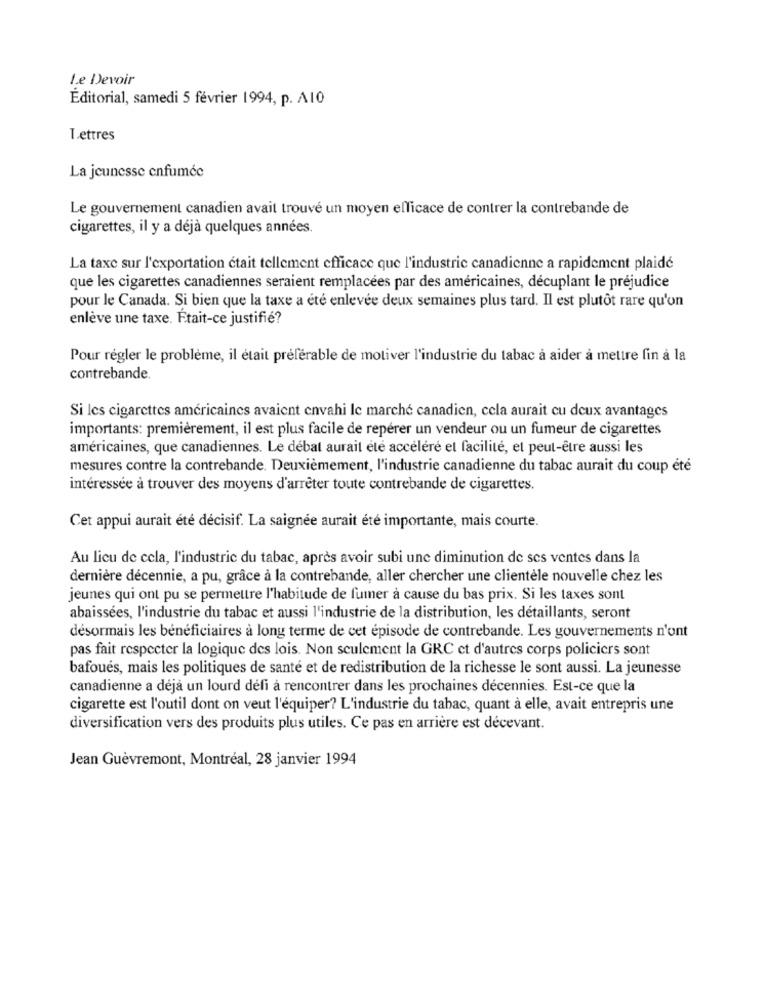
Le Devoir
Editorial, samedi 5 février 1994, p. A10
Lettres
La jeunesse enfumée
Le gouvernement canadien avait trouvé un moyen efficace de contrer la contrebande de
cigarettes, il y a déjà quelques années.
La taxe sur l'exportation était tellement efficace que l'industrie canadienne a rapidement plaidé
que les cigarettes canadiennes seraient remplacées par des américaines, décuplant le préjudice
pour le Canada. Si bien que la taxe a été enlevée deux semaines plus tard. Il est plutôt rare qu'on
enlève une taxe. Était-ce justifié?
Pour régler le problème, il était préférable de motiver l'industrie du tabac à aider à mettre fin à la
contrebande.
Si les cigarettes américaines avaient envahi le marché canadien, cela aurait cu deux avantages
importants: premièrement, il est plus facile de repérer un vendeur ou un fumeur de cigarettes
américaines, que canadiennes. Le débat aurait été accéléré et facilité, et peut-être aussi les
mesures contre la contrebande. Deuxièmement, l'industrie canadienne du tabac aurait du coup été
intéressée à trouver des moyens d'arrêter toute contrebande de cigarettes.
Cet appui aurait été décisif. La saignée aurait été importante, mais courte.
Au lieu de cela, l'industrie du tabac, après avoir subi une diminution de ses ventes dans la
dernière décennie, a pu, grâce à la contrebande, aller chercher une clientèle nouvelle chez les
jeunes qui ont pu se permettre l'habitude de fumer à cause du bas prix. Si les taxes sont
abaissées, l'industrie du tabac et aussi l'industrie de la distribution, les détaillants, seront
désormais les bénéficiaires à long terme de cet épisode de contrebande. Les gouvernements n'ont
pas fait respecter la logique des lois. Non seulement la GRC et d'autres corps policiers sont
bafoués, mais les politiques de santé et de redistribution de la richesse le sont aussi. La jeunesse
canadienne a déjà un lourd défi à rencontrer dans les prochaines décennies. Est-ce que la
cigarette est l'outil dont on veut l'équiper? L'industrie du tabac, quant à elle, avait entrepris une
diversification vers des produits plus utiles. Ce pas en arrière est décevant.
Jean Guèvremont, Montréal, 28 janvier 1994